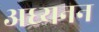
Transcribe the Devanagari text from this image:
अध्यनन